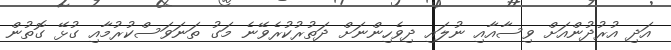
އަދި އުރުދުންއަށް ވިސާއާއި ނުލައި ދިވެހިންނަށް ދަތުރުކުރެވޭނެ މަގު ތަނަވަސްކުރުމާއި ގުޅޭ ގޮތުން